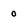
Character: o